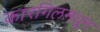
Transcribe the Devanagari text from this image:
कारगिलमधून